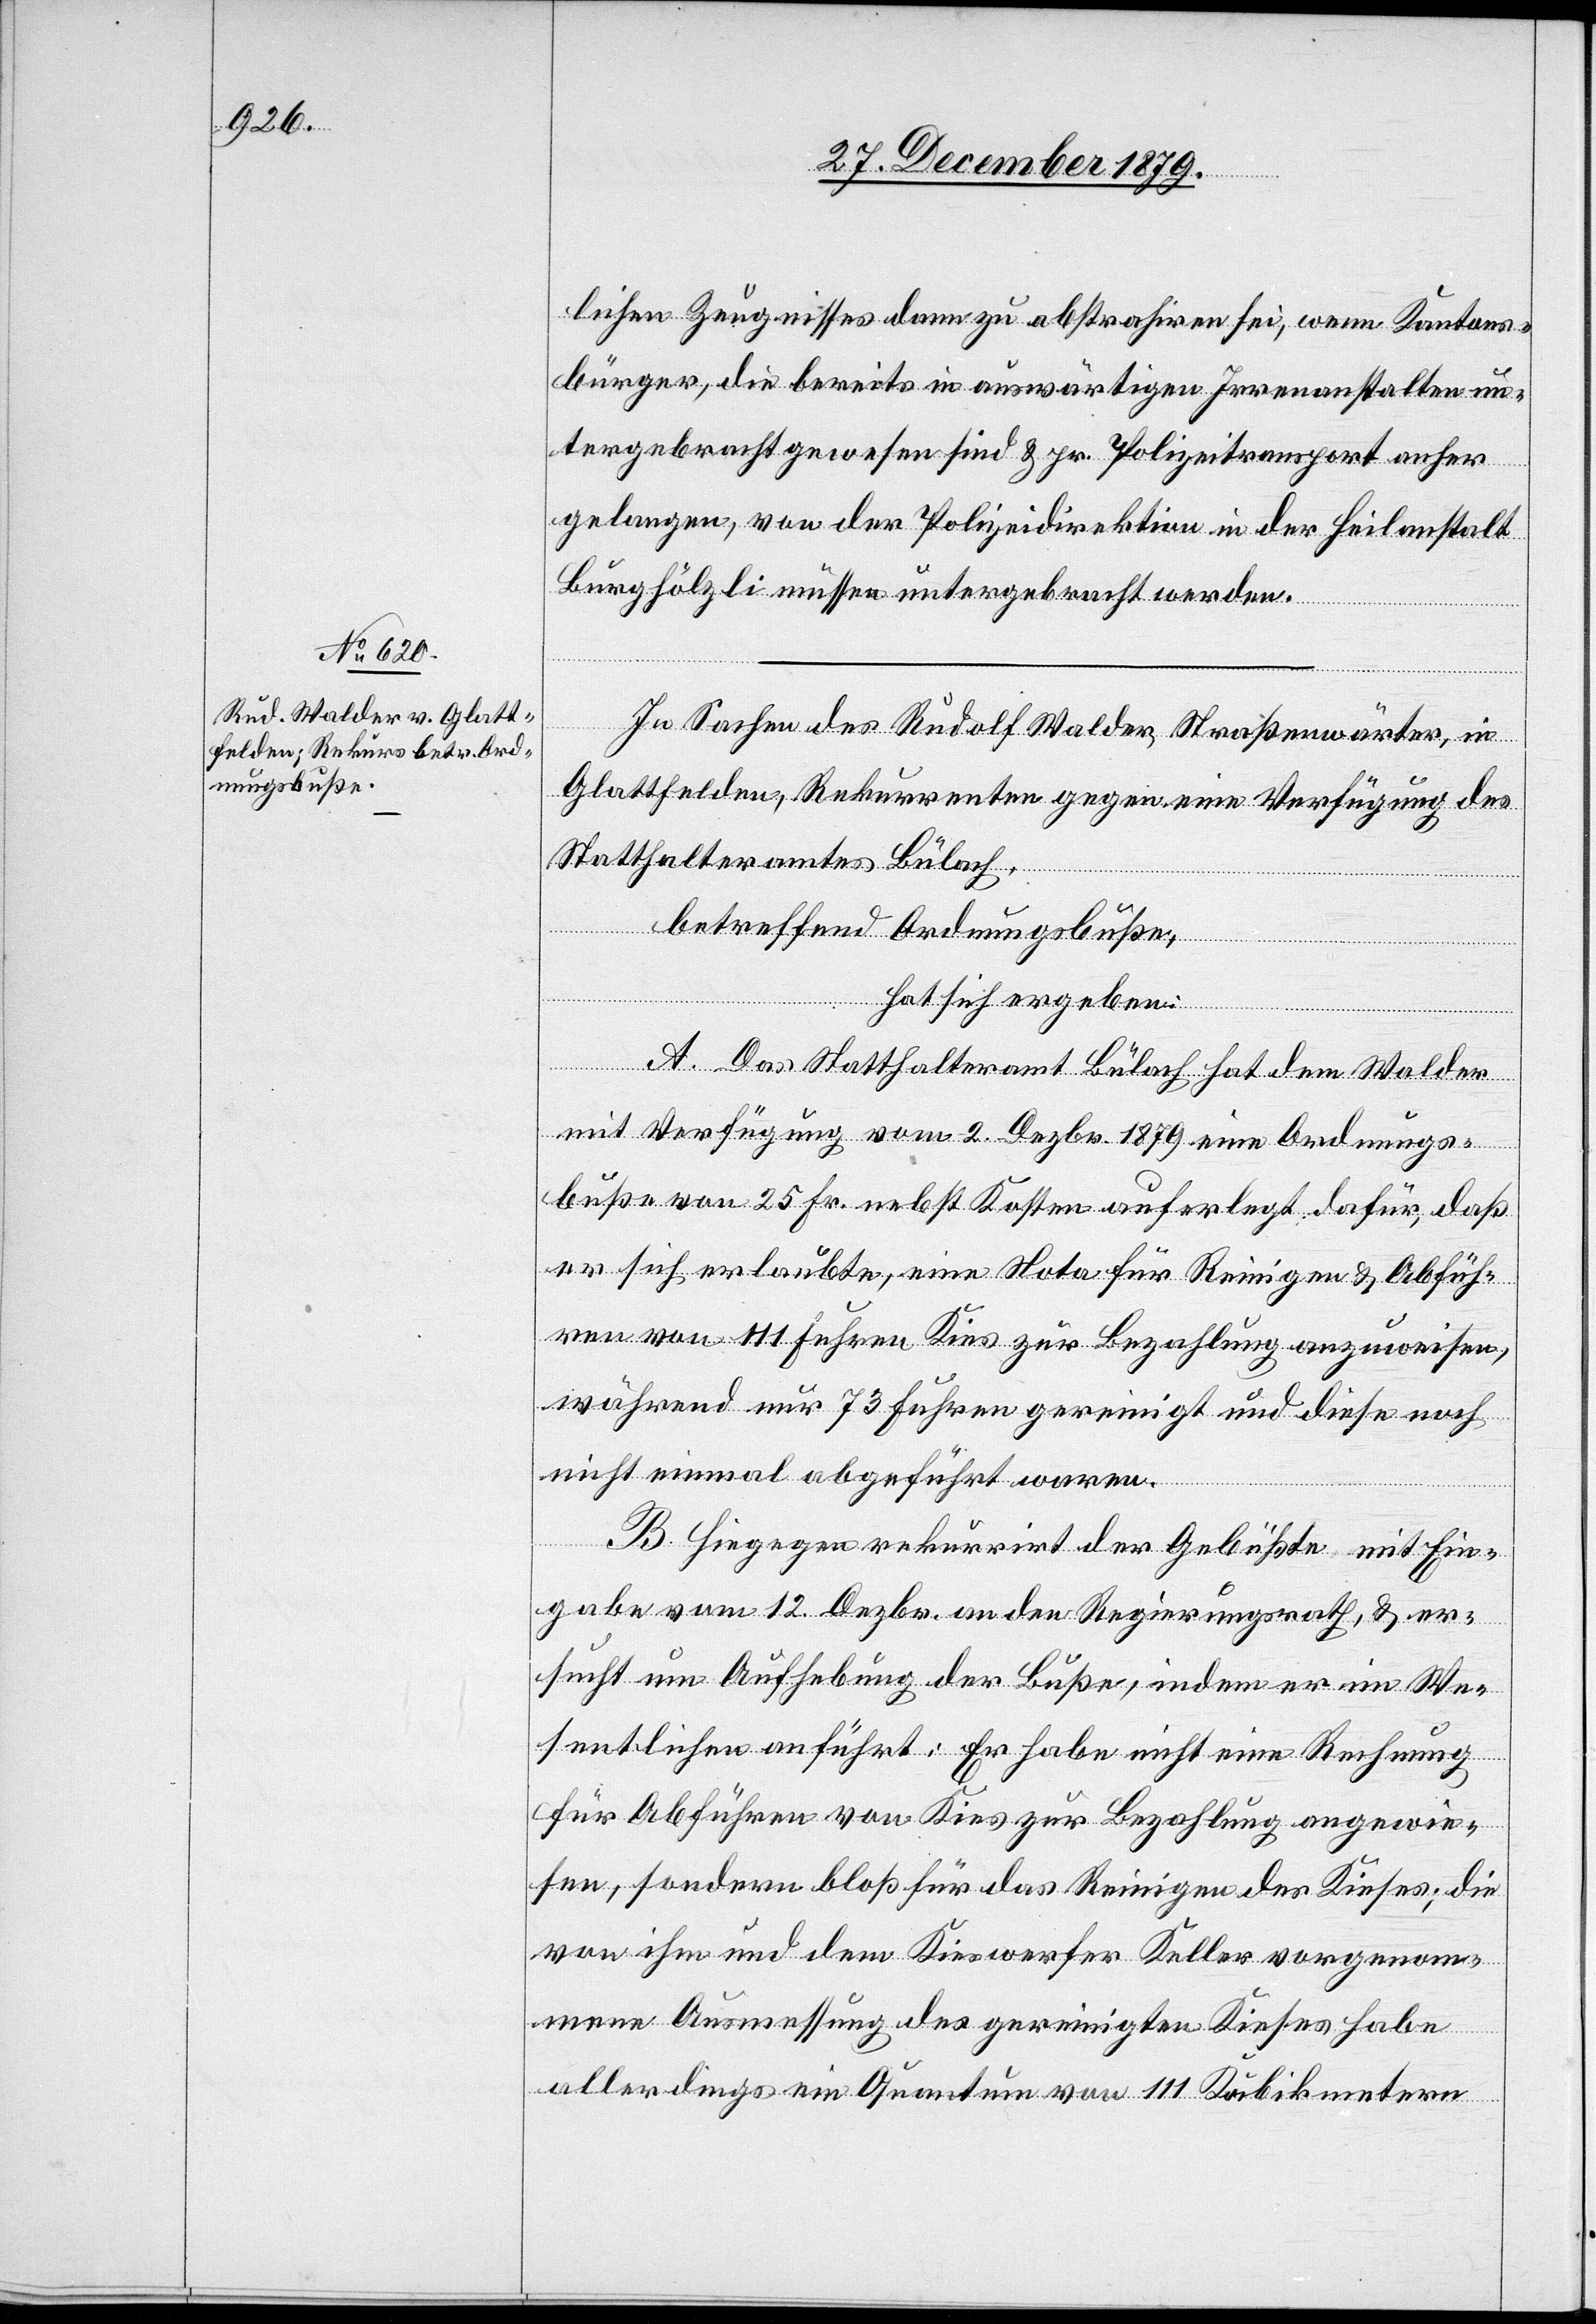
lichen Zeugnisses dann zu abstrahiren sei, wenn Kantons¬
bürger, die bereits in auswärtigen Irrenanstalten un¬
tergebracht gewesen sind & pr. Polizeitransport anher
gelangen, von der Polizeidirektion in der Heilanstalt
Burghölzli müssen untergebracht werden.
In Sachen des Rudolf Walder, Straßenwärter, in
Glattfelden, Rekurrenten gegen eine Verfügung des
Statthalteramtes Bülach,
betreffend Ordnungsbuße,
hat sich ergeben:
A. Das Statthalteramt Bülach hat dem Walder
mit Verfügung vom 2. Dezbr. 1879 eine Ordnungs¬
buße von 25 Fr. nebst Kosten auferlegt dafür, daß
er sich erlaubte, eine Nota für Reinigen & Abfüh¬
ren von 111 Fuhren Kies zur Bezahlung anzuweisen,
während nur 73 Fuhren gereinigt und diese noch
nicht einmal abgeführt waren.
B. Hiegegen rekurrirt der Gebüßte mit Ein¬
gabe vom 12. Dezbr. an den Regierungsrath, & er¬
sucht um Aufhebung der Buße, indem er im We¬
sentlichen anführt: Er habe nicht eine Rechnung
für Abführen von Kies zur Bezahlung angewie¬
sen, sondern bloß für das Reinigen des Kieses; die
von ihm und dem Kieswerfer Keller vorgenom¬
mene Ausmessung des gereinigten Kieses habe
allerdings ein Quantum von 111 Kubikmetern